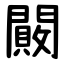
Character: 闝